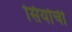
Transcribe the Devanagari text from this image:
सियोची